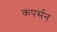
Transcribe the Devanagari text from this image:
कंपर्सन